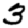
Digit: 3